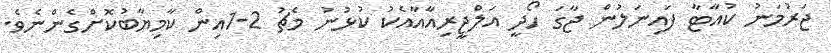
ޖަރުމަނު ކުއާޓާ ފައިނަލުން ޖާގަ ހޯދީ އަލްޖީރިއާއާއެކު ކުޅުނު މެޗު 2-1އިން ކާމިޔާބުކޮށްގެންނެވެ.